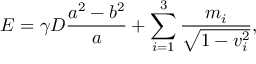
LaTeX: E = \gamma D \frac { a ^ { 2 } - b ^ { 2 } } a + \sum _ { i = 1 } ^ { 3 } \frac { m _ { i } } { \sqrt { 1 - v _ { i } ^ { 2 } } } ,